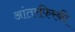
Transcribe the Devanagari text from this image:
आंतरफिरकी